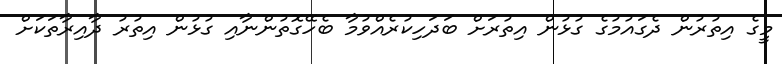
މީގެ އިތުރުން ދެގައުމުގެ ގުޅުން އިތުރަށް ބަދަހިކުރެއްވުމާ ބެހޭގޮތުންނާއި ގުޅުން އިތުރު ދާއިރާތަކަށް